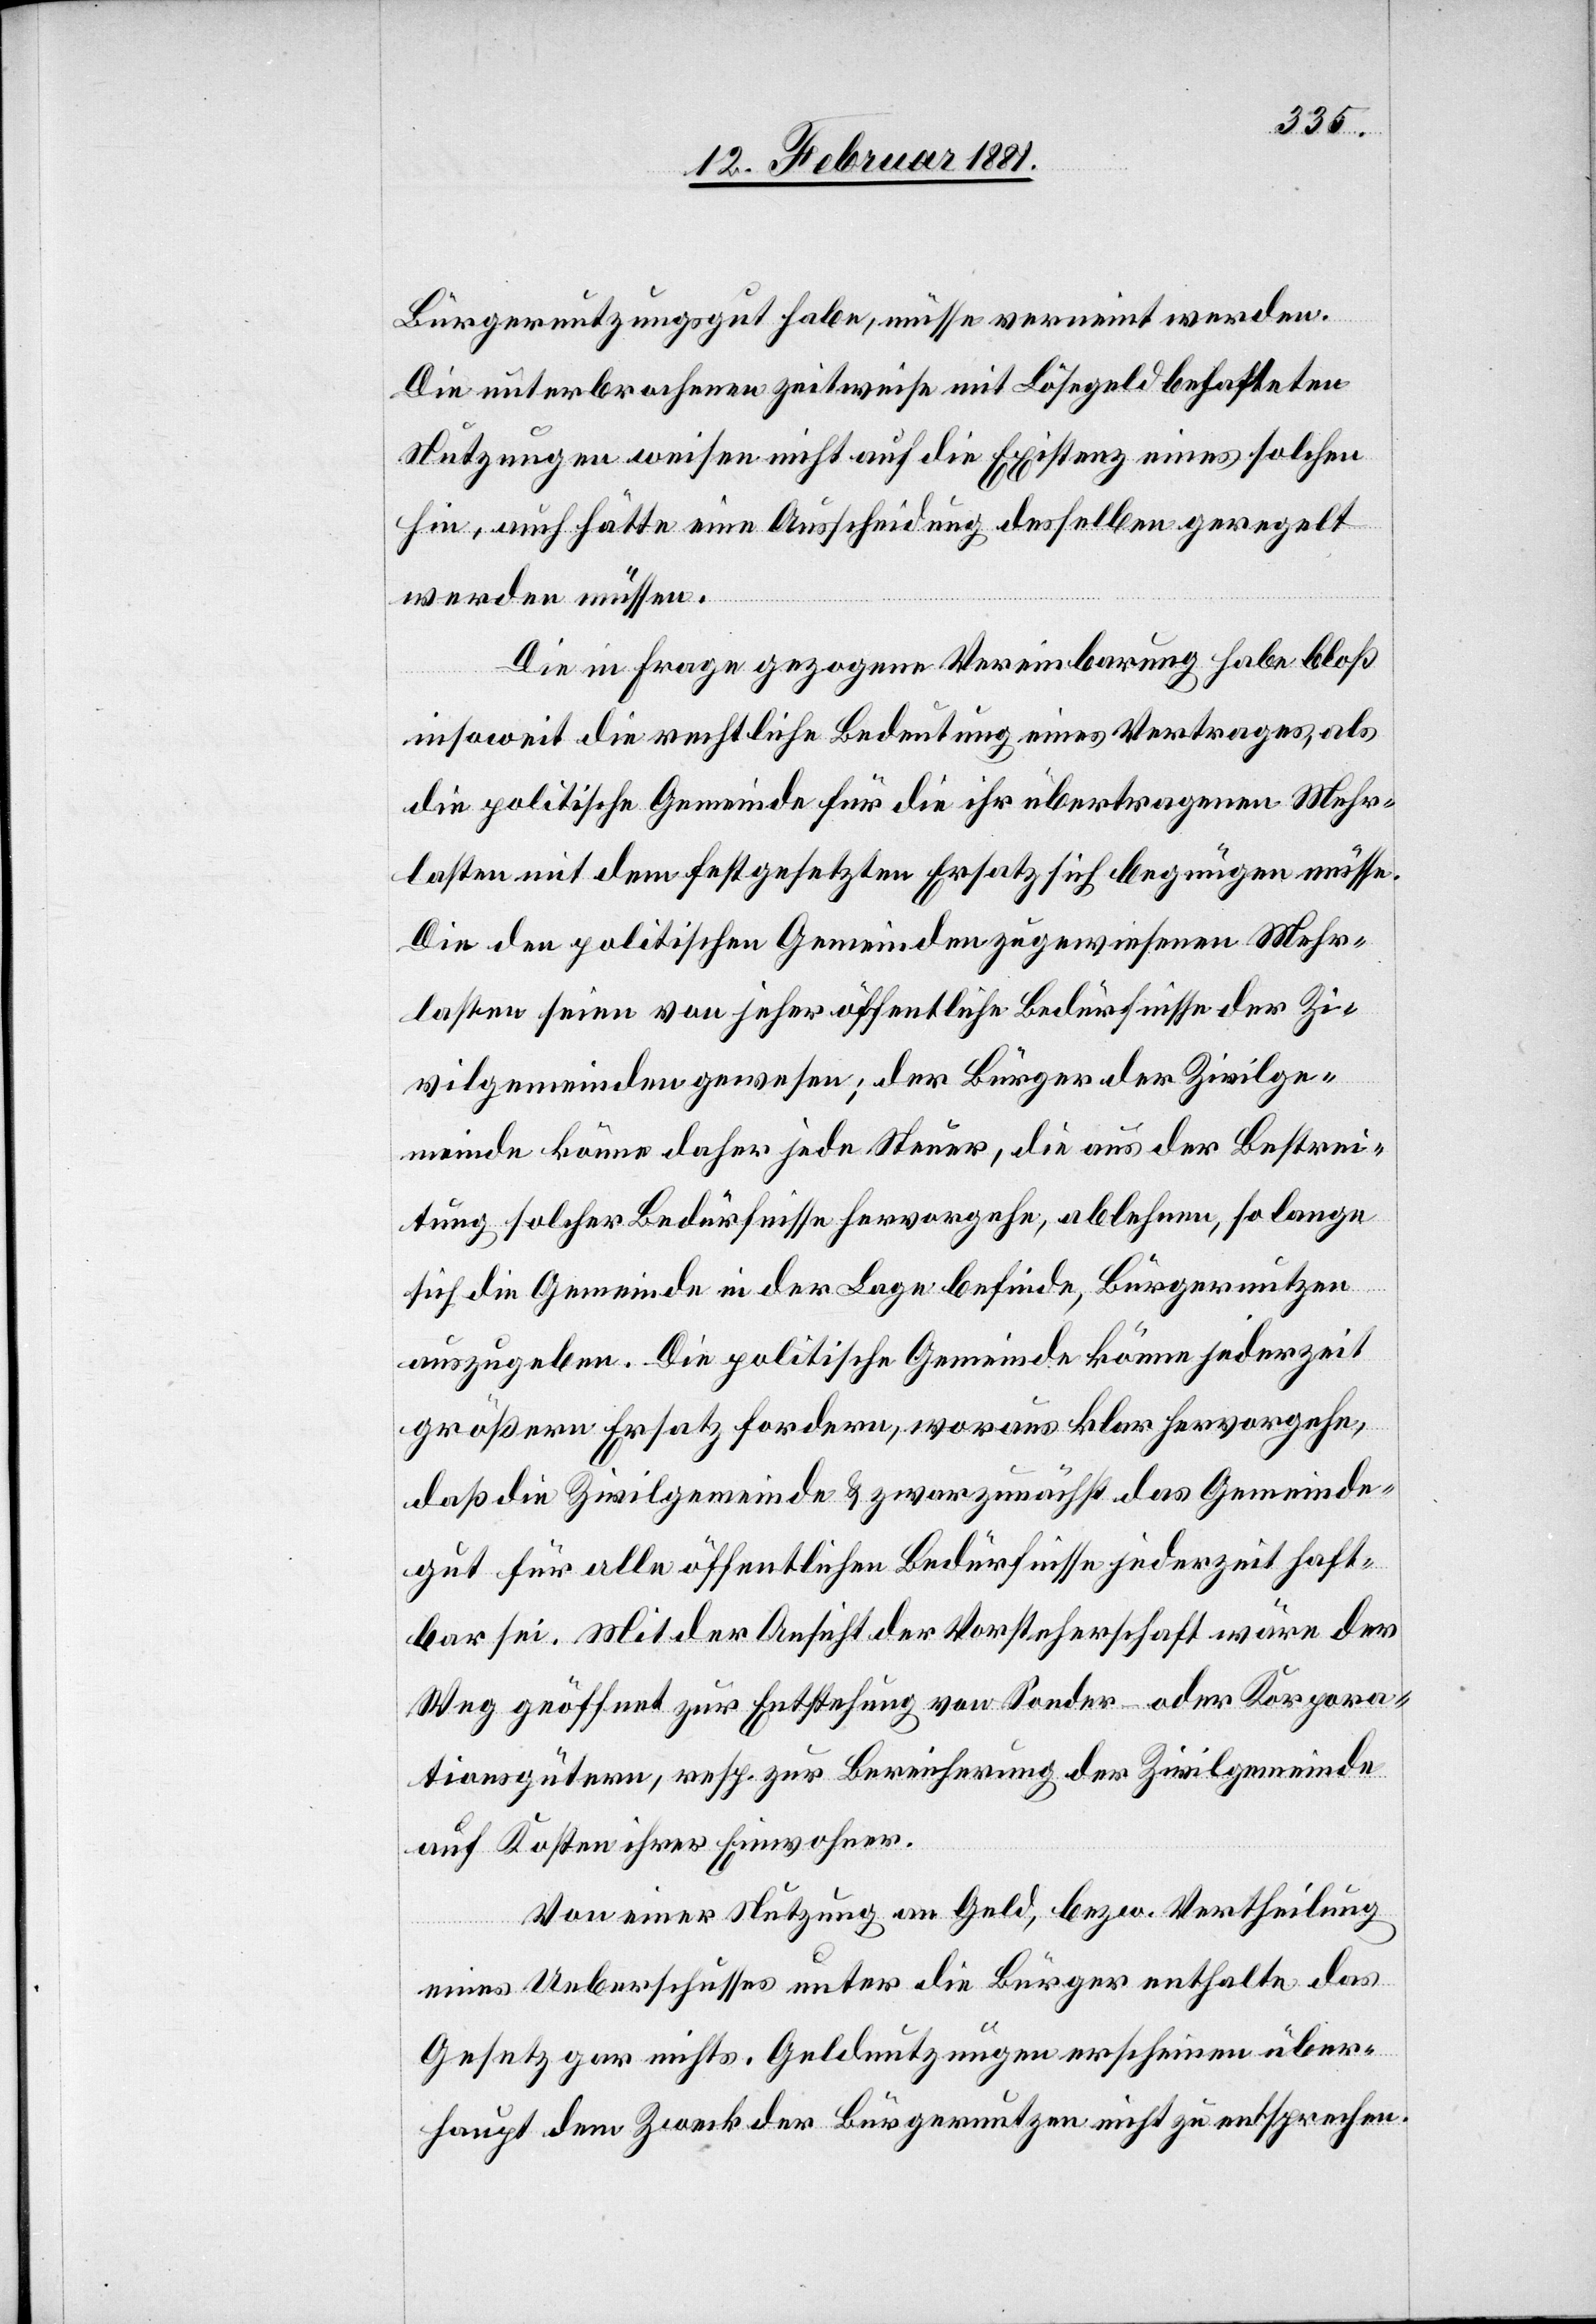
Bürgernutzungsgut habe, müsse verneint werden.
Die unterbrochenen zeitweise mit Lösegeld behafteten
Nutzungen weisen nicht auf die Existenz eines solchen
hin, auch hätte eine Ausscheidung desselben geregelt
werden müssen.
Die in Frage gezogene Vereinbarung habe bloß
insoweit die rechtliche Bedeutung eines Vertrages, als
die politische Gemeinde für die ihre übertragenen Mehr¬
lasten mit dem festgesetzten Ersatz sich begnügen müsse.
Die den politischen Gemeinden zugewiesenen Mehr¬
lasten seien von jeher öffentliche Bedürfnisse der Zi¬
vilgemeinden gewesen; der Bürger der Zivilge¬
meinde könne daher jede Steuer, die aus der Bestrei¬
tung solcher Bedürfnisse hervorgehe, ablehnen, so lange
sich die Gemeinde in der Lage befinde, Bürgernutzen
auszugeben. Die politische Gemeinde könne jederzeit
größern Ersatz fordern, woraus klar hervorgehe,
daß die Zivilgemeinde & zwar zunächst das Gemeinde¬
gut für alle öffentlichen Bedürfnisse jederzeit haft¬
bar sei. Mit der Ansicht der Vorsteherschaft wäre der
Weg geöffnet zur Entstehung von Sonder- oder Korpora¬
tionsgütern, resp. zur Bereicherung der Zivilgemeinde
auf Kosten ihrer Einwohner.
Von einer Nutzung an Geld, bezw. Vertheilung
eines Ueberschusses unter die Bürger enthalte das
Gesetz gar nichts. Geldnutzungen erscheinen über¬
haupt dem Zweck der Bürgernutzen nicht zu entsprechen.